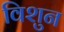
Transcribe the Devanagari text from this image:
विशुन